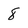
Character: 8